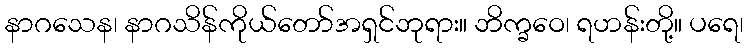
နာဂသေန၊ နာဂသိန်ကိုယ်တော်အရှင်ဘုရား။ ဘိက္ခဝေ၊ ရဟန်းတို့။ ပရေ၊